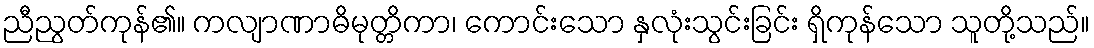
ညီညွတ်ကုန်၏။ ကလျာဏာဓိမုတ္တိကာ၊ ကောင်းသော နှလုံးသွင်းခြင်း ရှိကုန်သော သူတို့သည်။